Annual statistical returns and brief notes on vaccination in Bengal - 1887-1898
Year: 1887
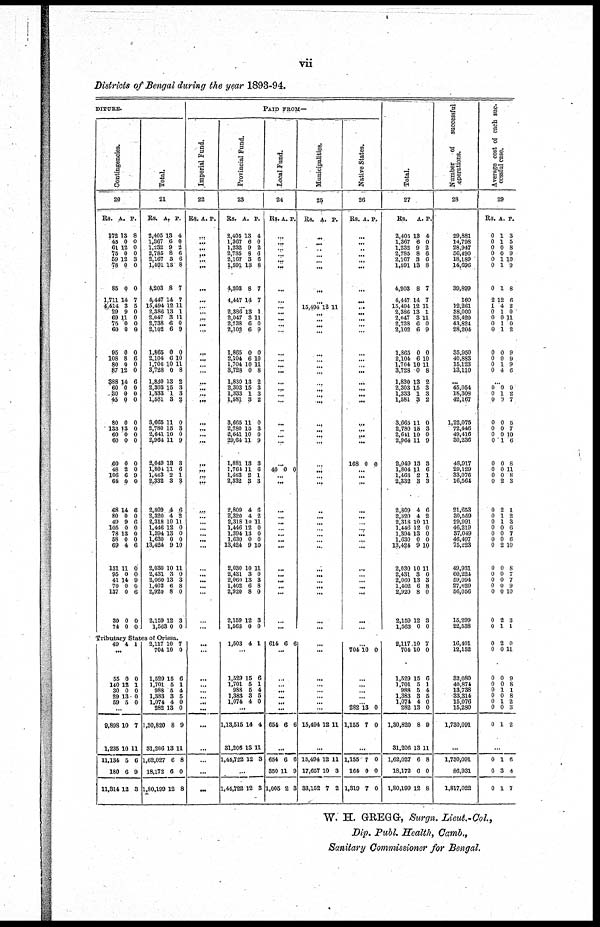
vii
Districts of Bengal during the year 1893-94.
DITURE.
Contingencies.
20
Rs.
172
45
61
75
59
78
85
1,711
4,414
29
69
75
60
95
108
80
87
388
60
30
45
80
133
60
60
60
48
106
64
68
80
40
105
78
58
69
131
95
41
70
137
30
74
A.
13
0
12
0
12
0
0
14
3
9
11
0
0
0
8
0
12
14
0
0
0
0
13
0
0
0
2
6
0
14
0
9
0
13
0
4
11
0
14
0
0
0
0
P.
8
0
0
0
3
0
0
7
5
0
0
0
0
0
6
0
0
6
0
0
0
0
0
0
0
0
0
9
0
6
0
6
0
0
0
6
0
0
9
0
6
0
0
Total.
21
Rs.
2,405
1,367
1,232
2,785
2,167
1,591
4,203
4,447
15,494
2,386
2,047
2,738
2,102
1,865
2,104
1,704
3,728
1,830
2,303
1,333
1,581
3,665
2,780
2,641
2,964
2,049
1,801
1,463
2,332
2,809
2,320
2,318
1,446
1,394
1,630
13,424
2,030
2,431
2,060
1,402
2,920
2,159
1,563
A.
13
6
9
8
3
13
8
14
12
13
3
6
6
0
6
10
0
13
15
1
3
11
15
10
11
13
11
2
3
4
4
10
12
13
0
9
10
3
13
6
8
12
0
P.
4
0
2
6
6
8
7
7
11
1
11
0
9
0
10
11
8
2
3
3
2
0
3
0
9
3
6
1
8
6
2
11
0
0
0
10
11
0
3
8
0
3
0
Tributary States of Orissa.
49 4 1
...
55
140
30
29
59
0
12
0
13
5
0
1
0
0
0
...
9,898
1,235
11,134
180
11,314
10
10
5
6
12
7
11
6
9
3
2,117
704
1,529
1,701
988
1,383
1,074
282
1,30,820
31,206
1,62,027
18,172
1,80,199
10
10
15
5
5
3
4
13
8
13
6
6
12
7
0
6
1
4
5
0
0
9
11
8
0
8
PAID FROM—
Imperial Fund.
22
Rs. A. P.
...
...
... ...
...
...
...
...
...
...
...
...
...
...
...
...
...
...
...
...
...
...
...
...
...
...
...
...
...
...
...
...
...
...
...
...
...
...
...
...
...
...
...
...
...
...
...
...
...
...
...
...
...
...
...
...
Provincial Fund.
23
Rs.
2,405
1,367
1,232
2,785
2,167
1,591
4,203
4,447
A.
13
6
9
8
3
13
8
14
P.
4
0
2
6
6
8
7
7
...
2,386
2,047
2,738
2,102
1,865
2,104
1,704
3,728
1,830
2,303
1,333
1,581
3,665
2,780
2,641
29,64
1,881
1,764
1,463
2,332
2,809
2,320
2,318
1,446
1,394
1,630
13,424
2,030
2,431
2,060
1,402
2,920
2,159
1,563
13
3
6
6
0
6
10
0
13
15
1
3
11
15
10
11
13
11
2
3
4
4
10
12
13
0
9
10
3
13
6
8
12
0
1
11
0
9
0
10
11
8
2
3
3
2
0
3
0
9
3
6
1
3
6
2
11
0
0
0
10
11
0
3
8
0
3
0
1,503 4 1
...
1,529
1,701
988
1,383
1,074
15
5
5
3
4
6
1
4
5
0
...
1,13,515
31,206
1,44,722
14
13
12
4
11
3
...
1,44,722 12 3
Local Fund.
24
Rs. A. P.
...
...
...
...
...
...
...
...
...
... ...
...
...
...
...
...
...
...
...
...
...
...
...
...
...
...
40 0 0
...
...
...
...
...
...
...
...
...
...
...
...
...
...
...
...
614 6 6
...
...
...
...
...
...
...
654 6 6
...
654
350
1,005
6
11
2
6
9
3
Municipalities.
25
Rs. A. P.
...
...
...
...
...
...
...
...
15,494 10 11
...
...
...
...
...
...
...
...
...
...
...
...
...
...
...
...
...
...
...
...
...
...
...
...
...
...
...
...
...
...
...
...
...
...
...
...
...
...
...
...
...
...
15,494 12 11
...
15,494
17,657
33,152
12
10
7
11
3
2
Native States.
26
Rs. A. P.
...
...
...
...
...
...
...
...
...
...
...
...
...
...
...
...
...
...
...
...
...
...
...
...
...
168 0 0
...
...
...
...
...
...
...
...
...
...
...
...
...
...
...
...
...
...
704 10 0
...
...
...
...
...
282
1,155
13
7
0
0
...
1,155
164
1,319
7
0
7
0
0
0
Total.
27
Rs.
2,405
1,367
1,232
2,785
2,167
1,591
4,203
4,447
15,494
2,386
2,047
2,738
2,102
1,865
2,104
1,704
3,728
1,830
2,303
1,333
1,581
3,665
2,780
2,611
2,964
2,049
1,804
1,463
2,332
2,809
2,320
2,318
1,446
1,394
1,630
13,424
2,030
2,431
2,060
1,402
2,920
2,159
1,563
A.
18
6
9
8
3
13
8
14
12
13
3
6
6
0
6
10
0
13
15
1
3
11
15
10
11
13
11
2
3
4
4
10
12
13
0
9
10
3
13
6
8
12
0
P.
4
0
2
6
6
8
7
7
11
1
11
0
9
0
10
11
8
2
3
3
2
0
3
0
9
3
6
1
3
6
2
11
0
0
0
10
11
0
3
8
0
3
0
2,117
704
1,529
1,701
988
1,383
1,074
282
1,30,820
31,206
1,62,027
18,172
1,80,199
10
10
15
5
5
3
4
13
8
13
6
6
12
7
0
6
1
4
5
0
0
9
1
8
0
8
Number of
successful
operations.
28
29,881
14,798
28,947
56,490
18,189
14,696
39,899
160
12,261
38,000
35,420
43,824
28,204
35,950
40,883
15,123
13,110
...
45,054
18,308
42,167
1,22,075
72,446
49,416
30,236
48,917
29,129
33,076
16,564
21,653
30,559
29,991
46,219
37,049
46,497
75,223
49,931
60,224
59,094
27,620
56,056
15,299
22,538
16,401
12,152
32,080
40,874
13,738
33,314
15,076
15,280
1,730,091
...
1,730,091
86,931
1,817,022
Average cost of each suc-
cessful case.
29
Rs.
0
0
0
0
0
0
0
2
1
0
0
0
0
0
0
0
0
A.
1
1
0
0
1
1
1
12
4
1
0
1
1
0
0
1
4
P.
3
5
8
9
10
9
8
6
2
0
11
0
2
9
9
9
6
...
0
0
0
0
0
0
0
0
0
0
0
0
0
0
0
0
0
0
0
0
0
0
0
0
0
0
1
0
0
0
0
1
0
0
0
2
2
1
1
0
0
0
2
0
0
0
0
0
2
1
9
2
7
5
7
10
6
8
11
8
3
1
2
3
6
7
6
10
8
7
7
9
10
3
1
0
0
0
0
0
0
0
0
0
2
0
0
0
1
0
1
0
1
0
11
9
8
1
8
2
3
2
...
0
0
0
1
3
1
6
4
7
W. H. GREGG, Surgn. Lieut.-Col.,
Dip. Publ. Health, Camb.,
Sanitary Commissioner for Bengal.